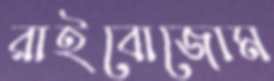
রাইবোজোম